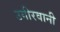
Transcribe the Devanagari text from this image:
उगीरवानी